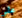
علي